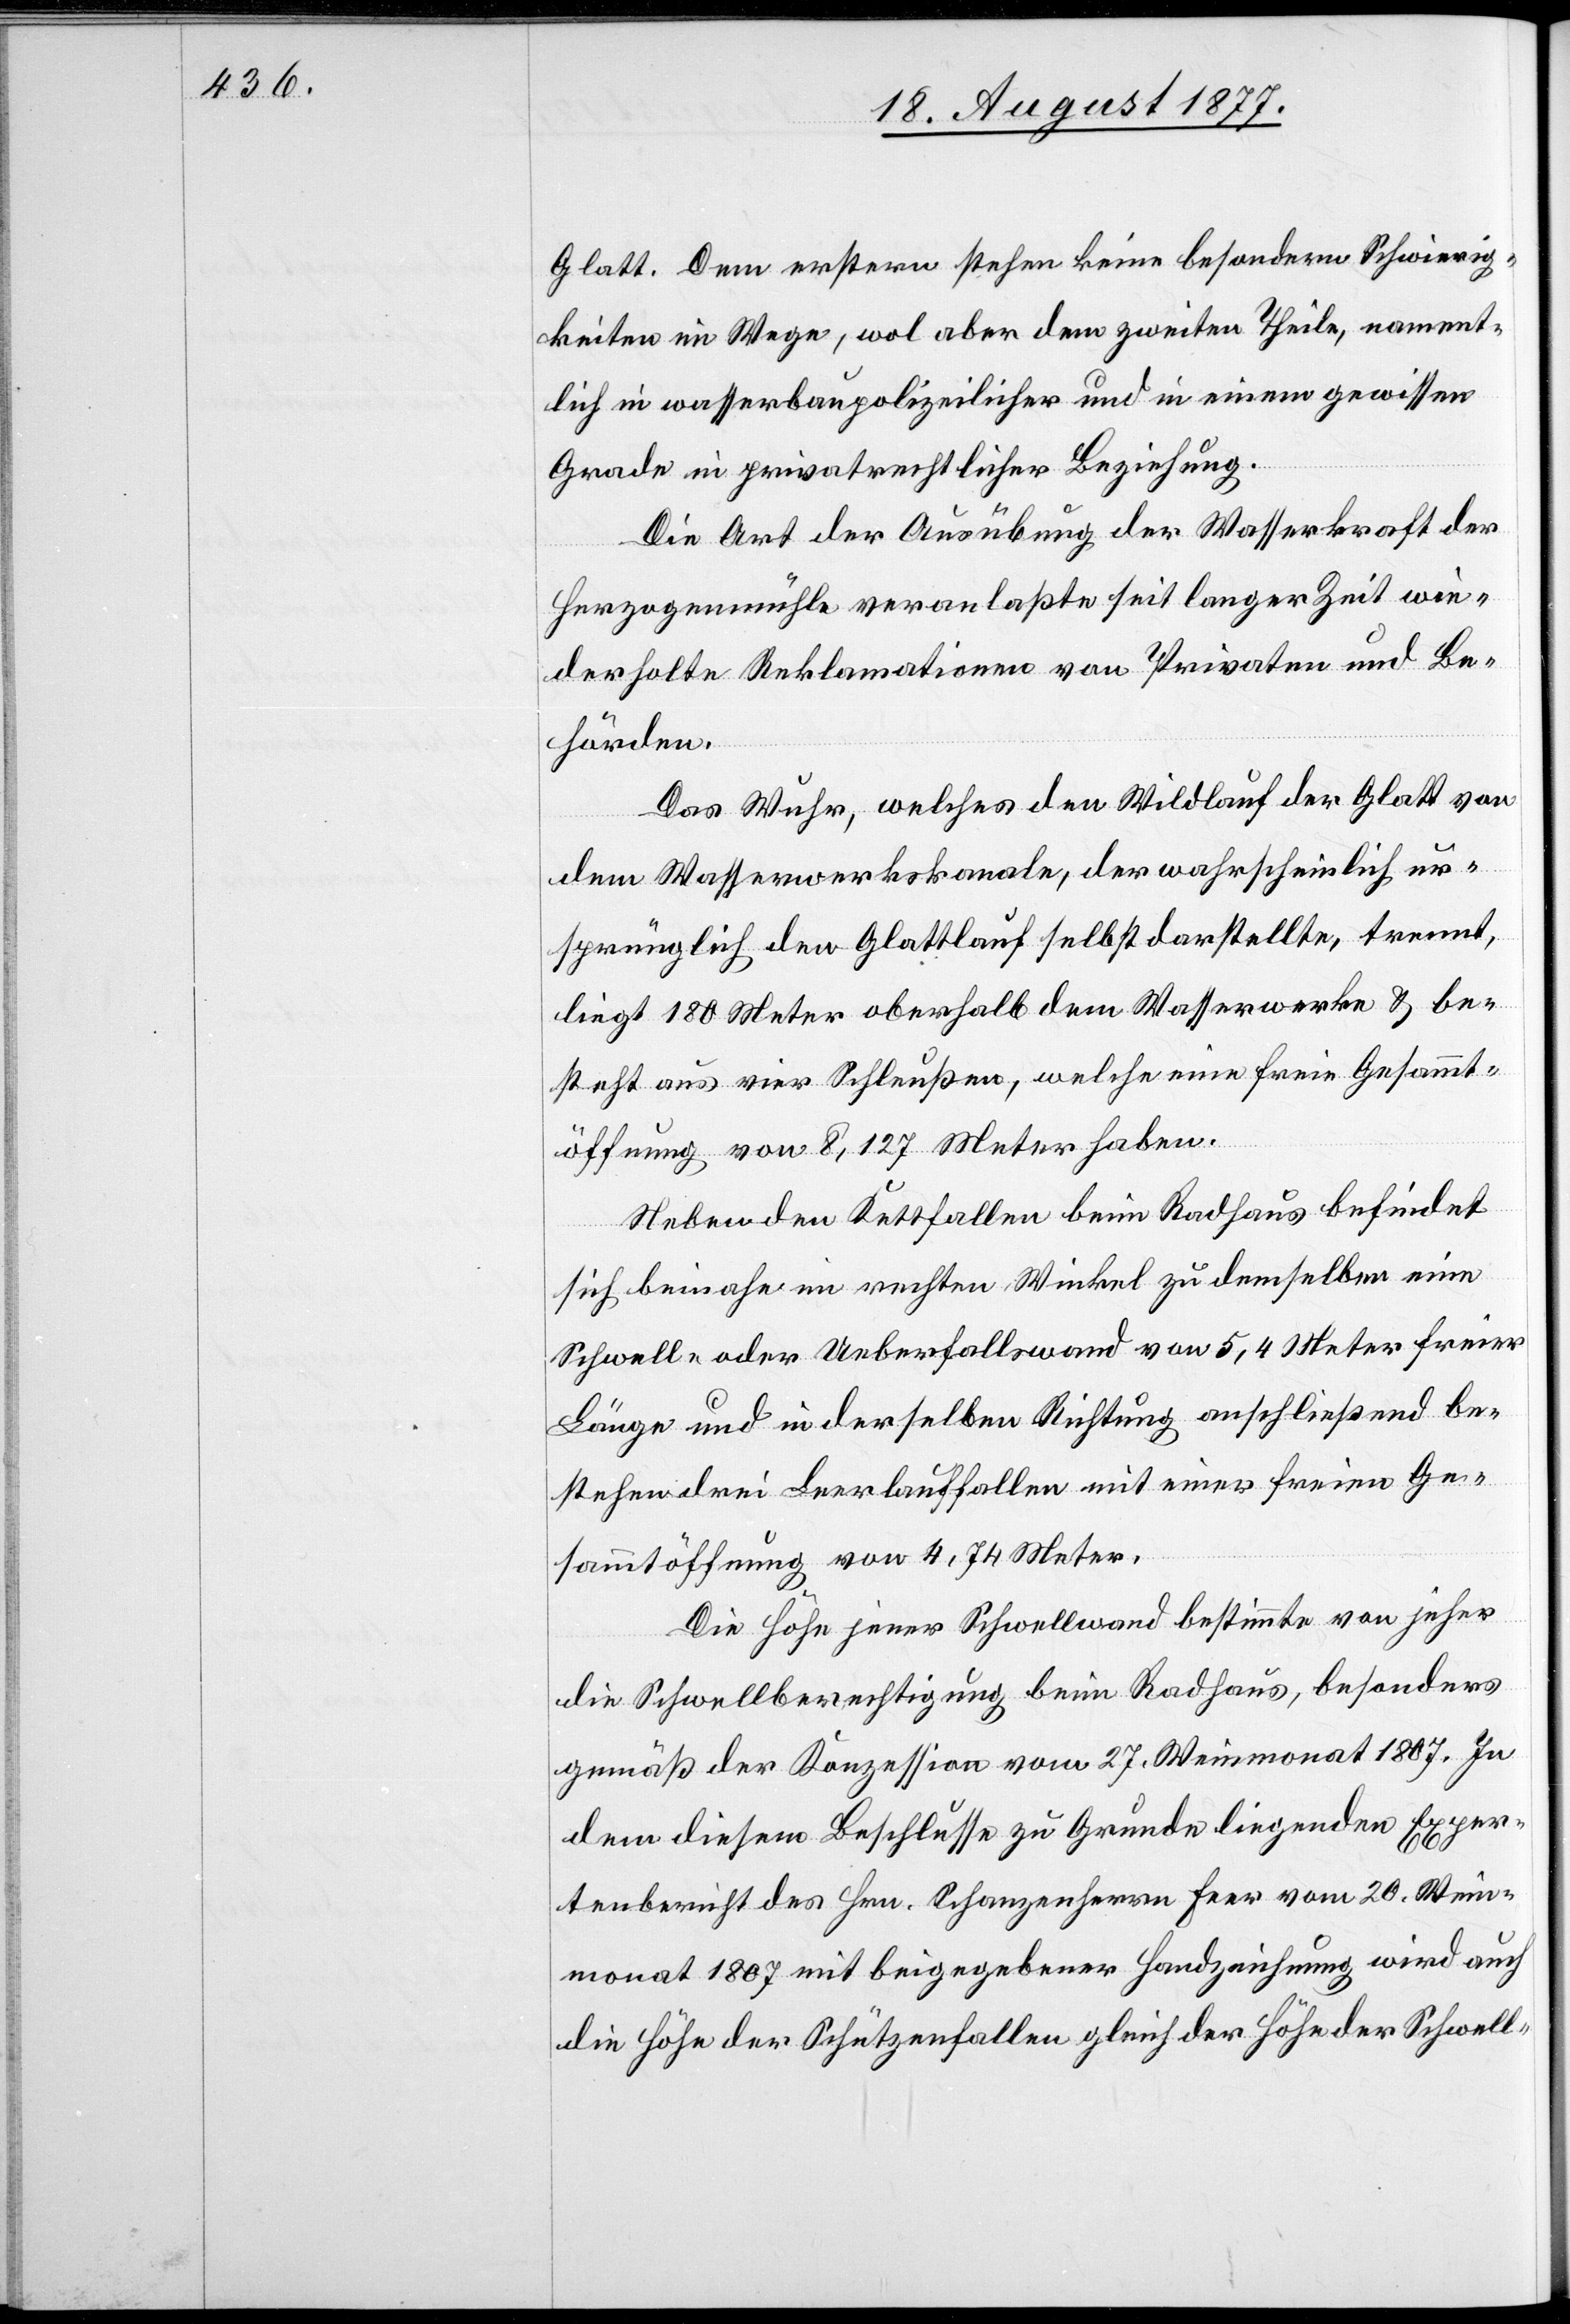
Glatt. Dem erstern stehen keine besondern Schwierig¬
keiten im Wege, wol aber dem zweiten Theile, nament¬
lich in wasserbaupolizeilicher und in einem gewissen
Grade in privatrechtlicher Beziehung.
Die Art der Ausübung der Wasserkraft der
Herzogenmühle veranlaßte seit langer Zeit wie¬
derholte Reklamationen von Privaten und Be¬
hörden.
Das Wuhr, welches den Wildlauf der Glatt von
dem Wasserwerkskanale, der wahrscheinlich ur¬
sprünglich den Glattlauf selbst darstellte, trennt,
liegt 180 Meter oberhalb dem Wasserwerke & be¬
steht aus vier Schleußen, welche eine freie Gesammt¬
öffnung von 8,127 Meter haben.
Neben den Kettfallen beim Radhaus befindet
sich beinahe im rechten Winkel zu demselben eine
Schwell- oder Ueberfallswand von 5,4 Meter freier
Länge und in derselben Richtung anschließend be¬
stehen drei Leerlauffallen mit einer freien Ge¬
sammtöffnung von 4,74 Meter.
Die Höhe jener Schwellwand bestimmte von jeher
die Schwellberechtigung beim Radhaus, besonders
gemäß der Konzession vom 27. Weinmonat 1807. In
dem diesem Beschlusse zu Grunde liegenden Exper¬
tenbericht des Hrn. Schanzenherrn Feer vom 20. Wein¬
monat 1807 mit beigegebener Handzeichnung wird auch
die Höhe der Schützenfallen gleich der Höhe der Schwell-